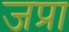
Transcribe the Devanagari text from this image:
जप्रा